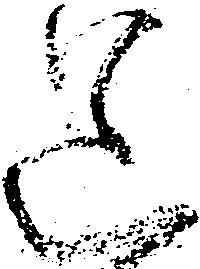
送